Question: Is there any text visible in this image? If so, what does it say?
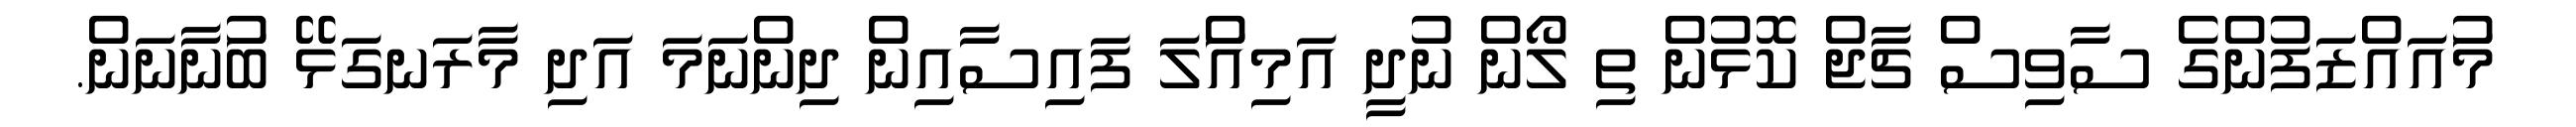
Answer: މުައައްޒަފުންގެ ސާވިސް ޗާޖް ކޮޅުން ތި ލޯން ނުދީ އަމިއްަލަ ފައިސާއިން ދިންނަމަ އަދި މާރަނގަޅޭ ބުަނާނަން.